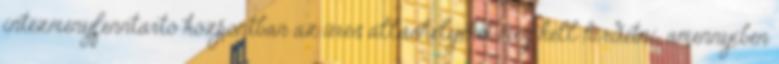
intézményfenntartó központban az üres álláshelyeket meg kell hirdetni, amennyiben